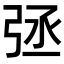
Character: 𢏞